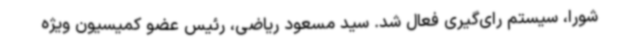
شورا، سیستم رای‌گیری فعال شد. سید مسعود ریاضی، رئیس عضو کمیسیون ویژه